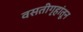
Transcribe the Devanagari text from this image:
वसतीगृहांतून